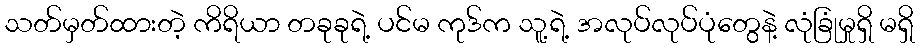
သတ်မှတ်ထားတဲ့ ကိရိယာ တခုခုရဲ့ ပင်မ ကုဒ်က သူ့ရဲ့ အလုပ်လုပ်ပုံတွေနဲ့ လုံခြုံမှုရှိ မရှိ